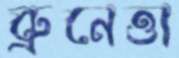
ব্রুনেত্তা